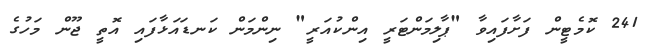
241 ކޮމެޓީން ފަށާފައިވާ "ޕާލިމަންޓަރީ އިންކުއަރީ" ނިންމަން ކަނޑައަޅާފައި އޮތީ ޖޫން މަހުގެ